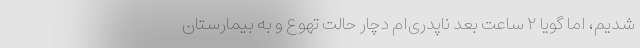
شدیم، اما گویا ۲ ساعت بعد ناپدری‌ام دچار حالت تهوع و به بیمارستان